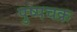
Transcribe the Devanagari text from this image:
पुष्पचक्र